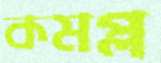
কমপ্ল